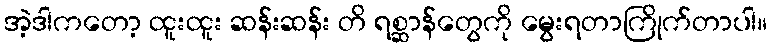
အဲ့ဒါကတော့ ထူးထူး ဆန်းဆန်း တိ ရစ္ဆာန်တွေကို မွေးရတာကြိုက်တာပါ။